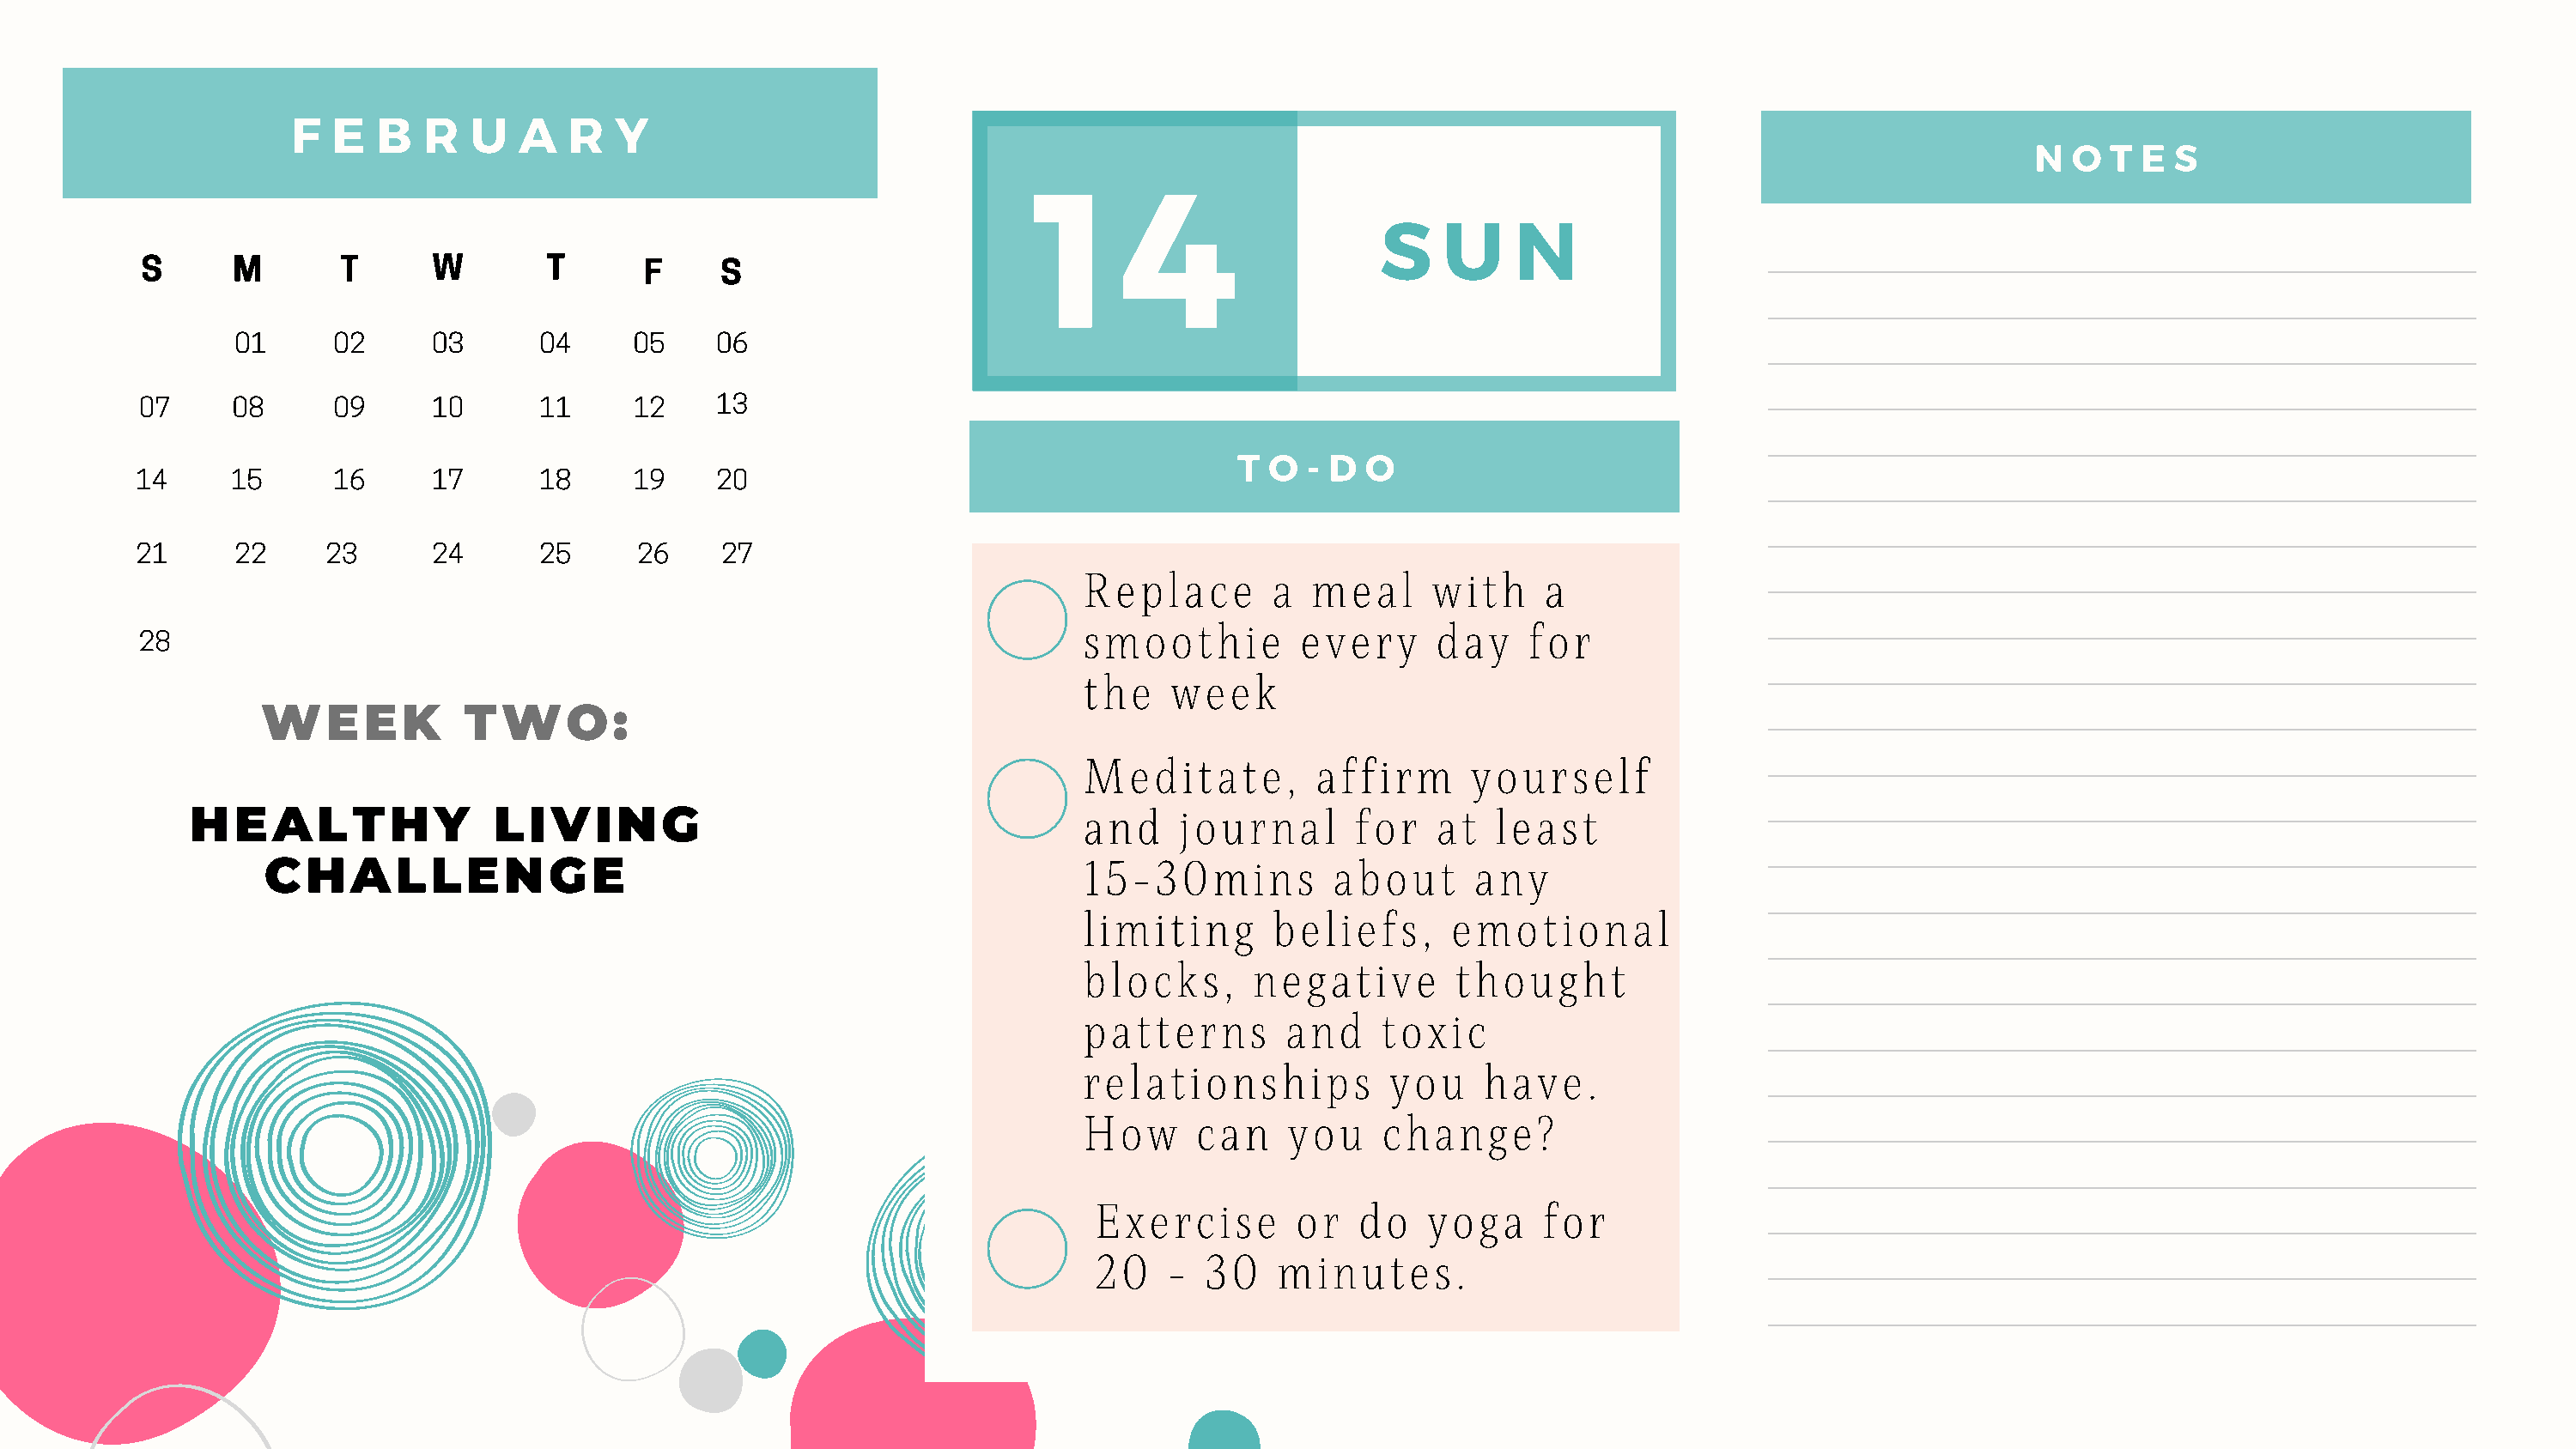
F   E  B   R  U   A   R  Y
 1     4                                                                      N  O  T E  S
 S    U     N
 S      M       T      W        T       F     S
 01      02     03       04     05    06
 07     08      09     10       11     12    13
 T  O  - D O
 14      15      16     17       18     19    20
 21      22     23      24       25     26     27
 Replace       a  meal     with     a
 smoothie        every      day    for
 28
 the   week
 WEEK            TWO:
 Meditate,        affirm      yourself
 and    journal      for    at  least
 HEALTHY                LIVING
 15-30mins          about      any
 CHALLENGE
 limiting      beliefs,      emotional
 blocks,      negative       thought
 patterns       and    toxic
 relationships          you    have.
 How     can    you     change?
 Exercise        or   do   yoga     for
 20    -  30   minutes.